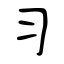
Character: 习